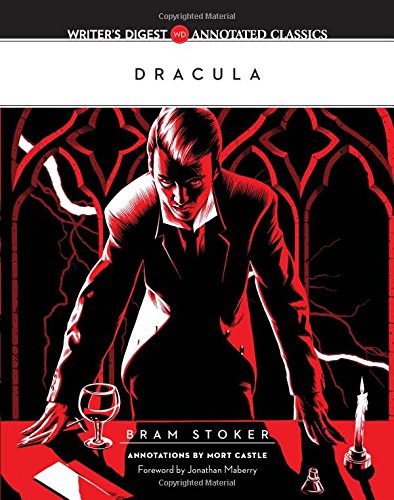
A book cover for Dracula: Writer's Digest Annotated Classics; Bram Stoker; Literature & Fiction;